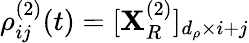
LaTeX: \rho_{ij}^{(2)}(t)=[\mathbf{X}_{R}^{(2)}]_{d_{\rho}\times i+j}